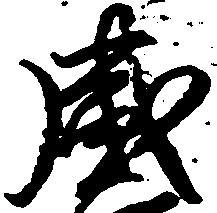
盛